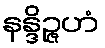
နန္ဒိဉ္ဇဟံ